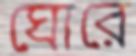
ঘোরে